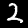
Label: 2